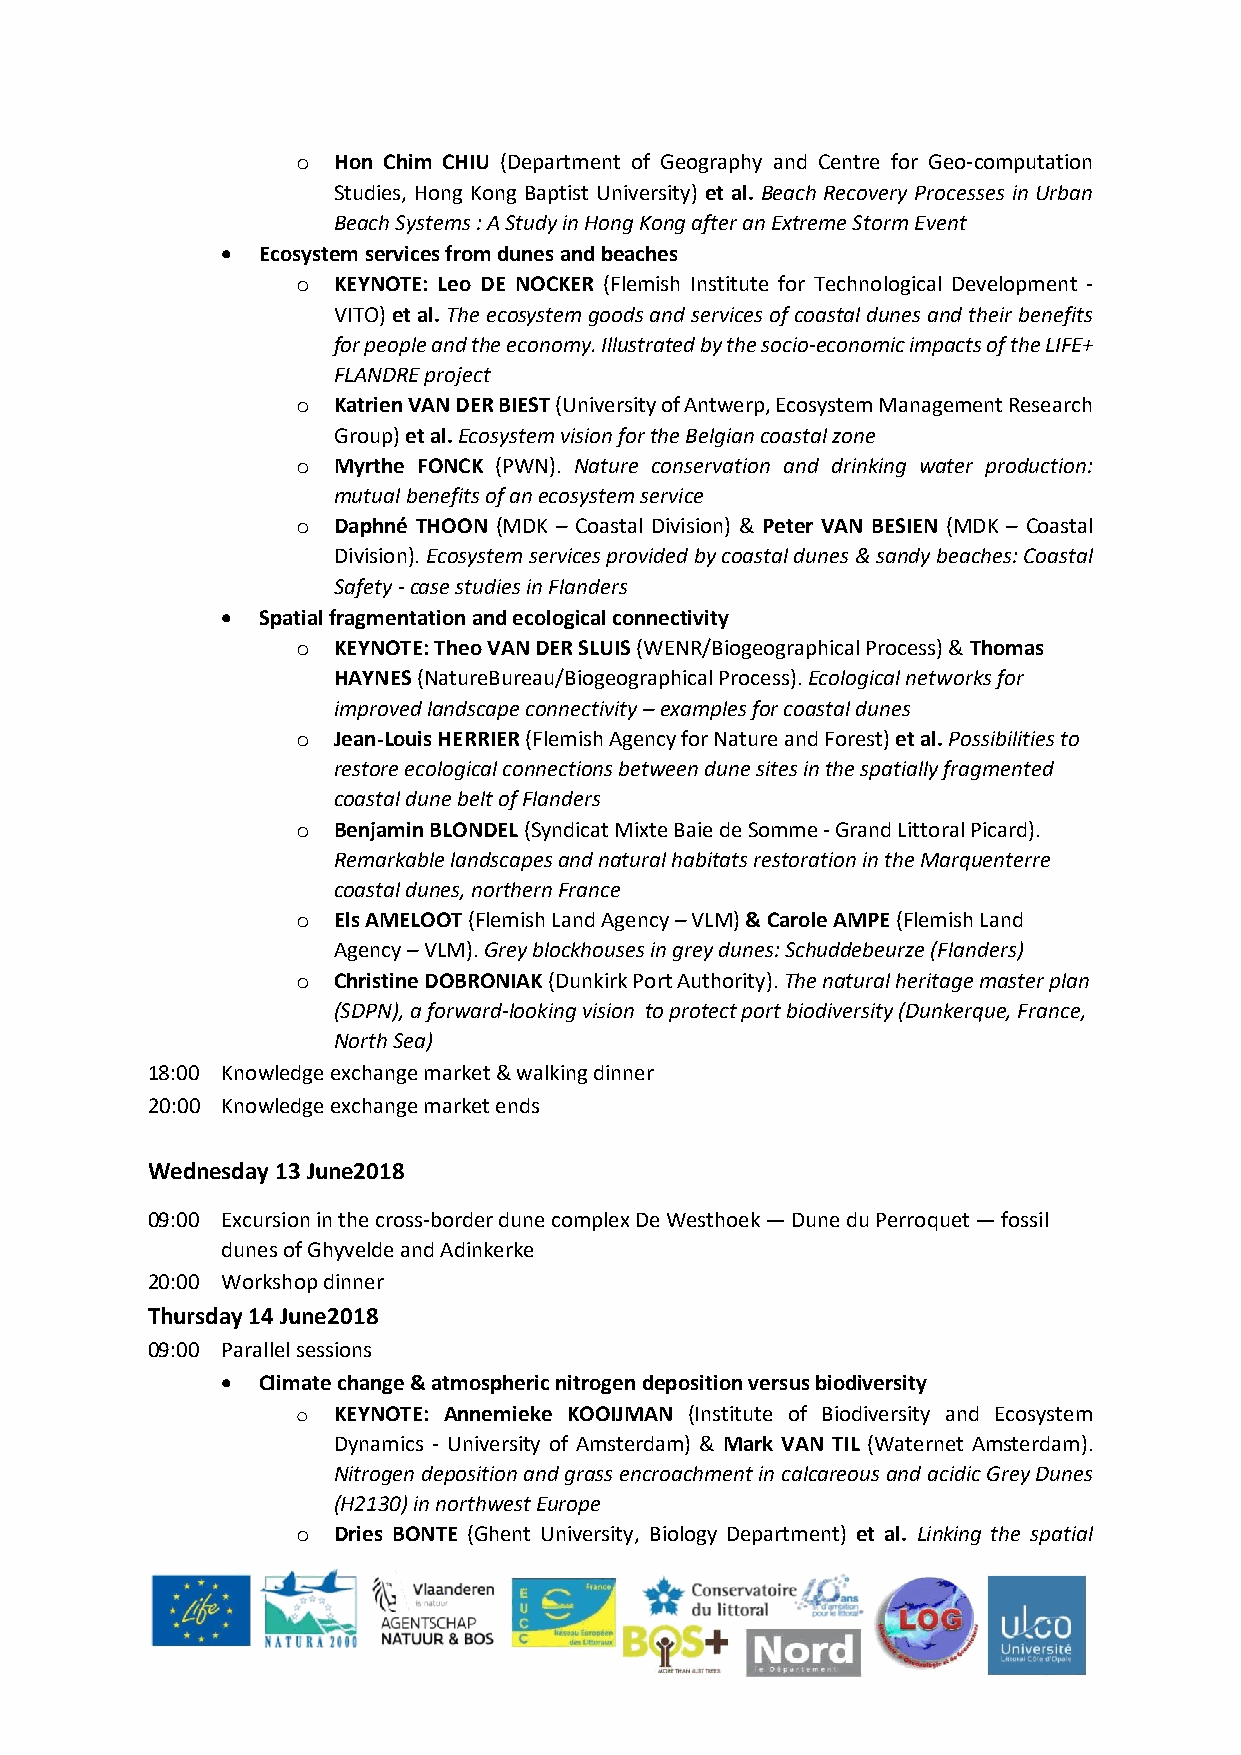
o Hon Chim CHIU (Department of Geography and Centre for Geo-computation
 Studies, Hong Kong Baptist University) et al. Beach Recovery Processes in Urban
 Beach Systems : A Study in Hong Kong after an Extreme Storm Event
  Ecosystem services from dunes and beaches
 o KEYNOTE: Leo DE NOCKER (Flemish Institute for Technological Development -
 VITO) et al. The ecosystem goods and services of coastal dunes and their benefits
 for people and the economy. Illustrated by the socio-economic impacts of the LIFE+
 FLANDRE project
 o Katrien VAN DER BIEST (University of Antwerp, Ecosystem Management Research
 Group) et al. Ecosystem vision for the Belgian coastal zone
 o Myrthe FONCK (PWN). Nature conservation and drinking water production:
 mutual benefits of an ecosystem service
 o Daphné THOON (MDK – Coastal Division) & Peter VAN BESIEN (MDK – Coastal
 Division). Ecosystem services provided by coastal dunes & sandy beaches: Coastal
 Safety - case studies in Flanders
  Spatial fragmentation and ecological connectivity
 o KEYNOTE: Theo VAN DER SLUIS (WENR/Biogeographical Process) & Thomas
 HAYNES (NatureBureau/Biogeographical Process). Ecological networks for
 improved landscape connectivity – examples for coastal dunes
 o Jean-Louis HERRIER (Flemish Agency for Nature and Forest) et al. Possibilities to
 restore ecological connections between dune sites in the spatially fragmented
 coastal dune belt of Flanders
 o Benjamin BLONDEL (Syndicat Mixte Baie de Somme - Grand Littoral Picard).
 Remarkable landscapes and natural habitats restoration in the Marquenterre
 coastal dunes, northern France
 o Els AMELOOT (Flemish Land Agency – VLM) & Carole AMPE (Flemish Land
 Agency – VLM). Grey blockhouses in grey dunes: Schuddebeurze (Flanders)
 o Christine DOBRONIAK (Dunkirk Port Authority). The natural heritage master plan
 (SDPN), a forward-looking vision to protect port biodiversity (Dunkerque, France,
 North Sea)
 18:00 Knowledge exchange market & walking dinner
 20:00 Knowledge exchange market ends
 Wednesday 13 June2018
 09:00 Excursion in the cross-border dune complex De Westhoek — Dune du Perroquet — fossil
 dunes of Ghyvelde and Adinkerke
 20:00 Workshop dinner
 Thursday 14 June2018
 09:00 Parallel sessions
  Climate change & atmospheric nitrogen deposition versus biodiversity
 o KEYNOTE: Annemieke KOOIJMAN (Institute of Biodiversity and Ecosystem
 Dynamics - University of Amsterdam) & Mark VAN TIL (Waternet Amsterdam).
 Nitrogen deposition and grass encroachment in calcareous and acidic Grey Dunes
 (H2130) in northwest Europe
 o Dries BONTE (Ghent University, Biology Department) et al. Linking the spatial